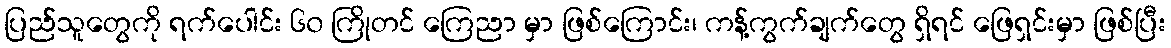
ပြည်သူတွေကို ရက်ပေါင်း ၆၀ ကြိုတင် ကြေညာ မှာ ဖြစ်ကြောင်း၊ ကန့်ကွက်ချက်တွေ ရှိရင် ဖြေရှင်းမှာ ဖြစ်ပြီး